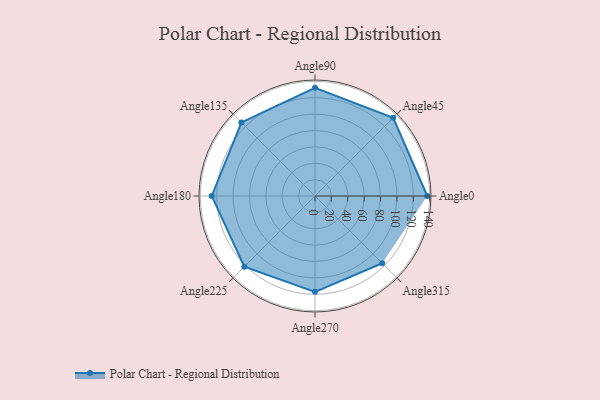
{"axis": {"x": "Angle", "y": "Radius"}, "legend": [""], "data": [{"x": "Angle0", "y": 137.0, "type": ""}, {"x": "Angle45", "y": 135.0, "type": ""}, {"x": "Angle90", "y": 132.0, "type": ""}, {"x": "Angle135", "y": 127.0, "type": ""}, {"x": "Angle180", "y": 126.0, "type": ""}, {"x": "Angle225", "y": 122.0, "type": ""}, {"x": "Angle270", "y": 117.0, "type": ""}, {"x": "Angle315", "y": 116.0, "type": ""}]}